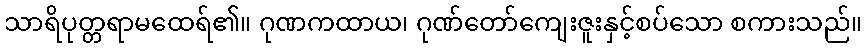
သာရိပုတ္တရာမထေရ်၏။ ဂုဏကထာယ၊ ဂုဏ်တော်ကျေးဇူးနှင့်စပ်သော စကားသည်။